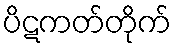
ပိဋကတ်တိုက်